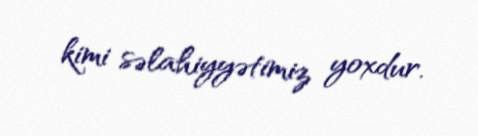
kimi səlahiyyətimiz yoxdur.